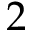
2